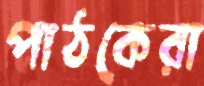
পাঠকেরা